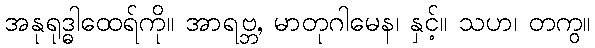
အနုရုဒ္ဓါထေရ်ကို။ အာရဗ္ဘ, မာတုဂါမေန၊ နှင့်။ သဟ၊ တကွ။